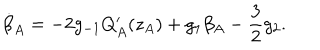
LaTeX: \dot { \beta } _ { A } = - 2 g _ { - 1 } Q _ { A } ^ { \prime } ( z _ { A } ) + g _ { 1 } \beta _ { A } - \frac { 3 } { 2 } g _ { 2 } .